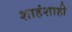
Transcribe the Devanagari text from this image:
शाहंशाही